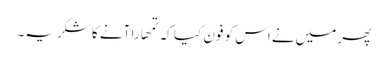
پھر میں‌نے اس کو فون کیا کہ تمھارا آنے کا شکریہ۔